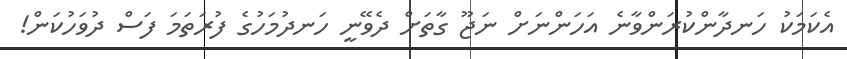
އެކަމަކު ހަނދާންކުރަންވާނެ އަހަންނަށް ނަޖޫ ގާތަށް ދެވޭނީ ހަނދުމަހުގެ ފުރަތަމަ ފަސް ދުވަހުކަން!